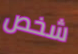
شخص